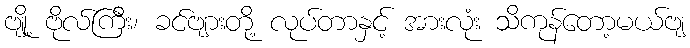
ဗျို့ ဗိုလ်ကြီး၊ ခင်ဗျားတို့ လုပ်တာနှင့် အားလုံး သိကုန်တော့မယ်ဗျ